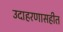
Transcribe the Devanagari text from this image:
उदाहरणासहीत